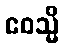
ဧဝသ္မိ